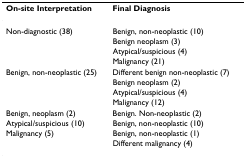
| On-site Interpretation | Final Diagnosis |
 | --- | --- |
 | Non-diagnostic (38) | Benign, non-neoplastic (10) |
 |  | Benign neoplasm (3) |
 |  | Atypical/suspicious (4) |
 |  | Malignancy (21) |
 | Benign, non-neoplastic (25) | Different benign non-neoplastic (7) |
 |  | Benign neoplasm (2) |
 |  | Atypical/suspicious (4) |
 |  | Malignancy (12) |
 | Benign, neoplasm (2) | Benign. Non-neoplastic (2) |
 | Atypical/suspicious (10) | Benign, non-neoplastic (10) |
 | Malignancy (5) | Benign, non-neoplastic (1) |
 |  | Different malignancy (4) |